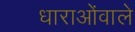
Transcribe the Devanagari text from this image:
धाराओंवाले